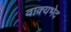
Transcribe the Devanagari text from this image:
वाक्यभेद